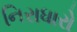
નિરાધારો